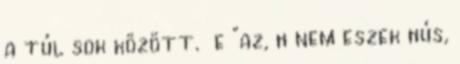
a túl sok között. e "az, h nem eszek hús,